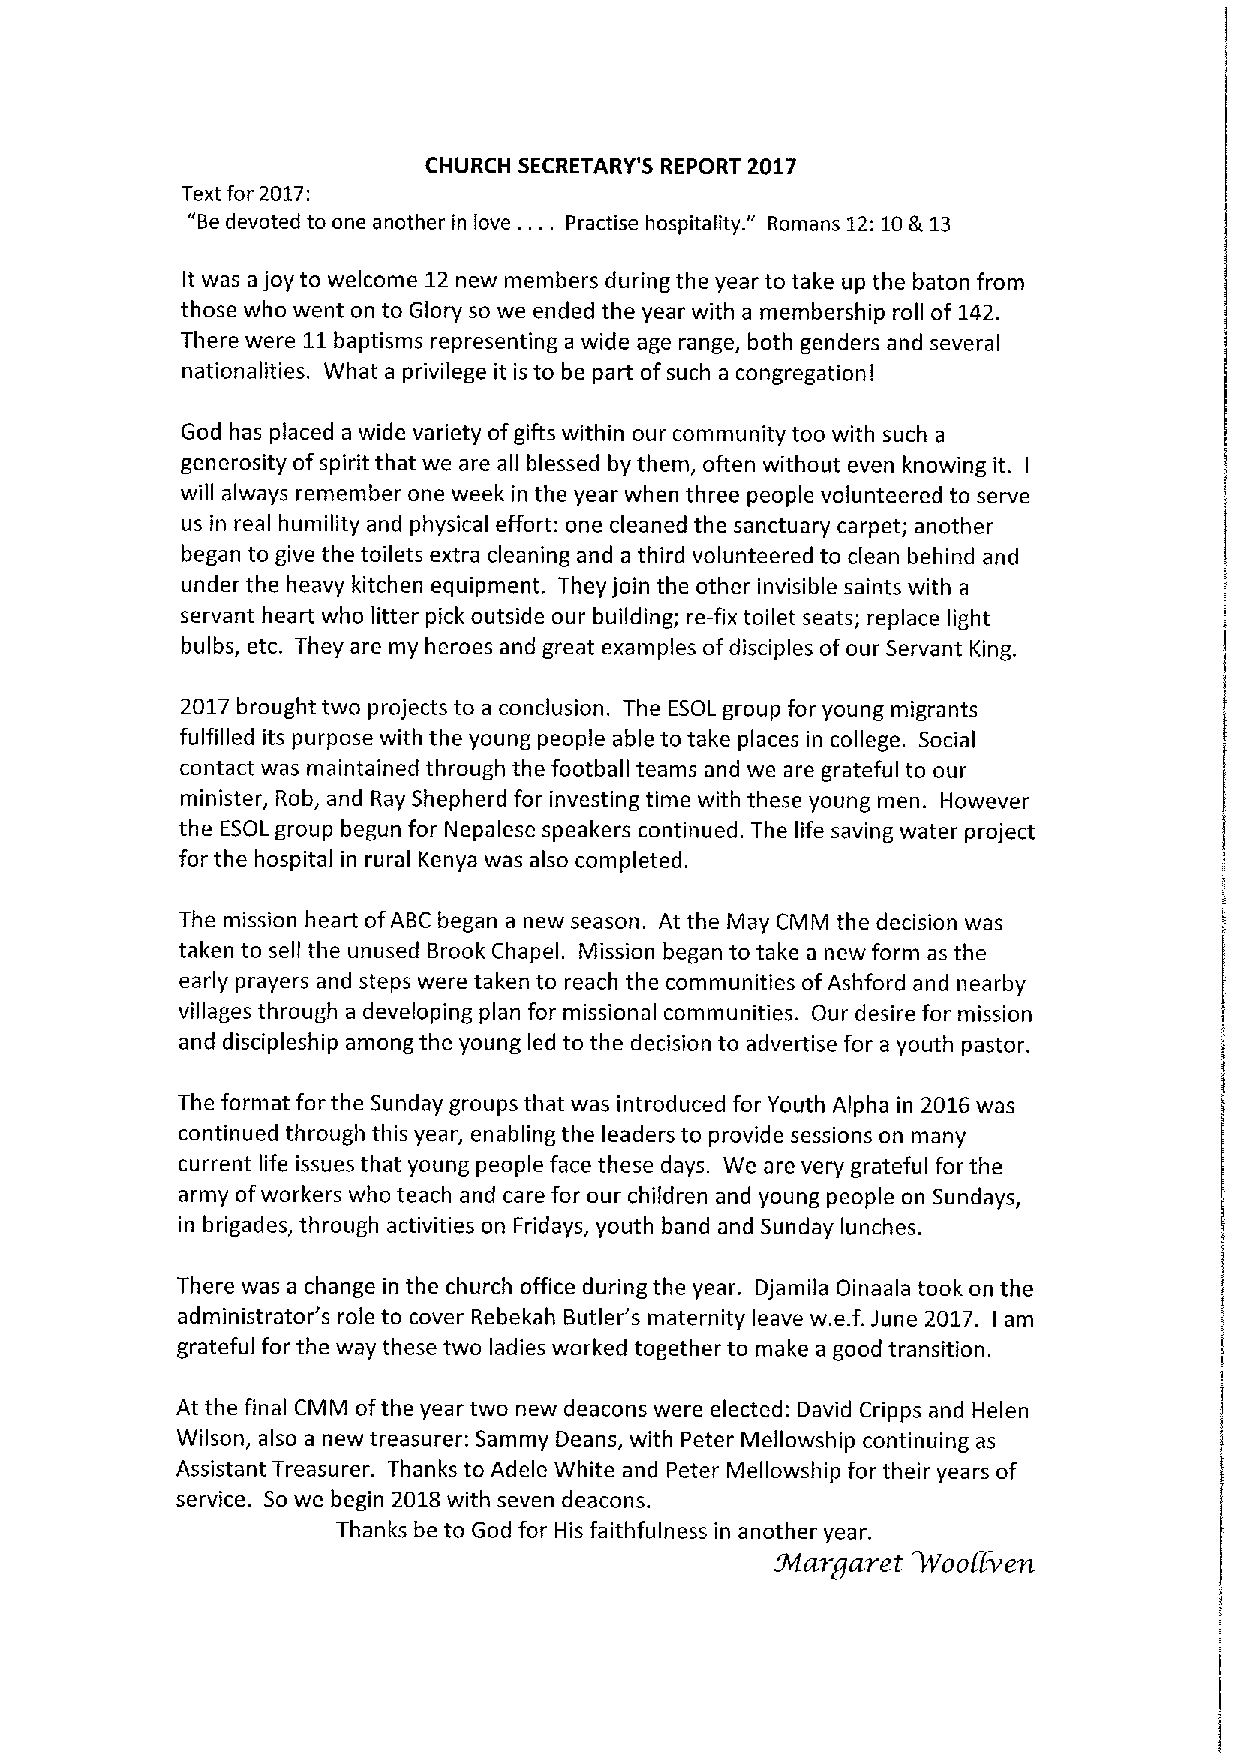
CHURCH SECRETARY'5 REPORT 2017
 Text for 2017:
 "
 "Bedevoted to one another in love. ... Practise hospitality. Romans 12:10Ik 13
 It was a joy to welcome 12new members during the year to take up the baton from
 those who went on to Glory so we ended the year with a membership roll of 142.
 There were 11baptisms representing a wide age range, both genders and several
 nationalities. What a privilege it is to be part ofsuch a congregationl
 God has placed a wide variety ofgifts within our community too with such a
 generosity ofspirit that we are all blessed by them, often without even knowing it.
 I
 will always remember one week in the year when three people volunteered to serve
 us in real humility and physical effort: one cleaned the sanctuary carpet; another
 began to give the toilets extra cleaning and a third volunteered to clean behind and
 under the heavy kitchen equipment. They join the other invisible saints with a
 servant heart who litter pick outside our building; re-fix toilet seats; replace light
 bulbs, etc. They are my heroes and great examples ofdisciples ofour Servant King.
 2017brought two projects to a conclusion. The ESOL group for young migrants
 fulfilled its purpose with the young people able to take places in college. Social
 contact was maintained through the football teams and we are grateful to our
 minister, Rob, and Ray Shepherd for investing time with these young men. However
 the ESOL group begun for Nepalese speakers continued. The life saving water project
 for the hospital in rural Kenya was also completed.
 The mission heart ofABC began a new season. At the May CMM the decision was
 taken to sell the unused Brook Chapel. Mission began to take a new form as the
 early prayers and steps were taken to reach the communities ofAshford and nearby
 villages through a developing plan for missional communities. Our desire for mission
 and discipleship among the young led to the decision to advertise for a youth pastor.
 The format for the Sunday groups that was introduced for Youth Alpha in 2016was
 continued through this year, enabling the leaders to provide sessions on many
 current life issues that young people face these days. We are very grateful for the
 army ofworkers who teach and care for our children and young people on Sundays,
 in brigades, through activities on Fridays, youth band and Sunday lunches.
 There was a change in the church office during the year. Djamila Oinaala took on the
 administrator's role to cover Rebekah Butler's maternity leave w.e.f.June 2017. am
 I
 grateful for the way these two ladies worked together to make a good transition.
 At the final CMM ofthe year two new deacons were elected: David Cripps and Helen
 Wilson, also a new treasurer: Sammy Deans, with Peter Mellowship continuing as
 Assistant Treasurer. Thanks to Adele White and Peter Mellowship for their years of
 service. So we begin 2018with seven deacons.
 Thanks be to God for His faithfulness in another year.
 Margaret 'Woollen